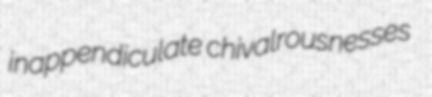
inappendiculate chivalrousnesses